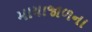
માયાજાળના